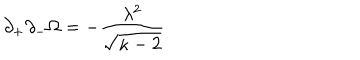
\partial _ { + } \partial _ { - } \Omega = - \frac { \lambda ^ { 2 } } { \sqrt { \kappa - 2 } }